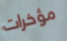
مؤخرات